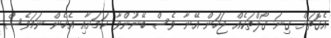
އެގޮތަށް ގިނަ ގޯލްތަކެއް ޖަހަން އޭނާ ވެސް ބޭނުންވާ ކަމަށާއި އެހެން ނަމަވެސް